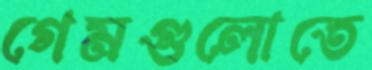
গেমগুলোতে